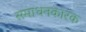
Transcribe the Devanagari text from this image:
समाधनकारक